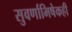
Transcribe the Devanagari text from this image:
सुवर्णाभिषेकही